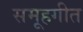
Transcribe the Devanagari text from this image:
समूहगीत